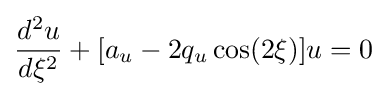
{\frac {d^{2}u}{d\xi ^{2}}}+[a_{u}-2q_{u}\cos(2\xi )]u=0